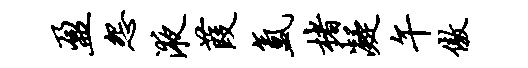
盈怨液葭氲楮凝午傲